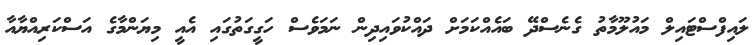
ލައިފްސްޓައިލް މައުލޫމާތު ގެނެސްދޭ ބައެއްކަމަށް ދައްކުވައިދިން ނަމަވެސް ހަގީގަތުގައި އެއީ މިޔަންމާގެ އަސްކަރިއްޔާއާ